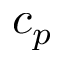
c _ { p }